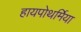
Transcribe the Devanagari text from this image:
हायपोथर्मिया